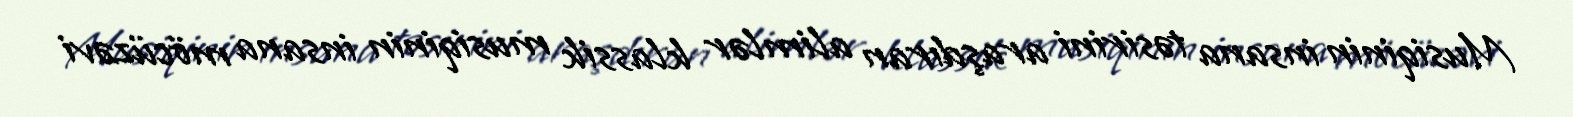
Musiqinin insana təsirini araşdıran alimlər klassik musiqinin insana möcüzəvi